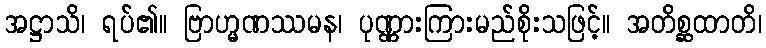
အဋ္ဌာသိ၊ ရပ်၏။ ဗြာဟ္မဏဿမန၊ ပုဏ္ဏားကြားမည်စိုးသဖြင့်။ အတိစ္ဆထာတိ၊